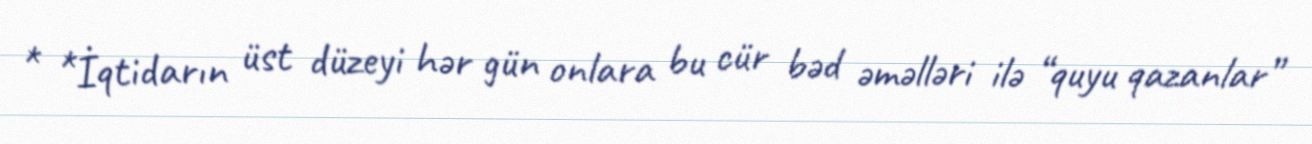
* *İqtidarın üst düzeyi hər gün onlara bu cür bəd əməlləri ilə “quyu qazanlar”